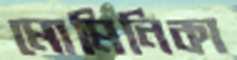
মোমিনিকা